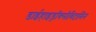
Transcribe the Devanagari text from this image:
डाईहाइड्रॉक्सीविटामिन